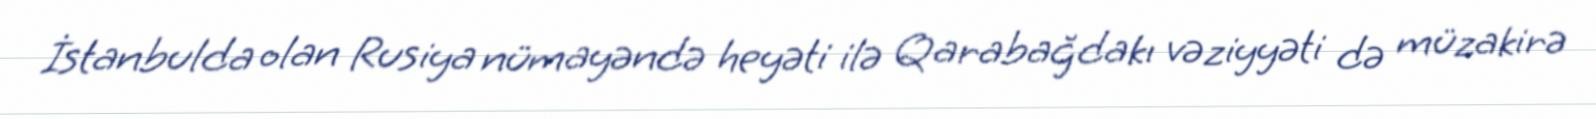
İstanbulda olan Rusiya nümayəndə heyəti ilə Qarabağdakı vəziyyəti də müzakirə